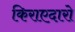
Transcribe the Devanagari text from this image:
किराएदारो